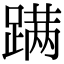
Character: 蹒